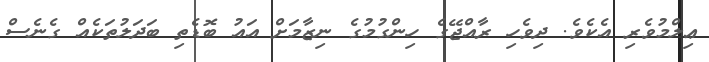
ޢިލްމުވެރި އެކެވެ. ދިވެހި ރާއްޖޭގެ ހިންގުމުގެ ނިޒާމަށް އައު ބޮޑެތި ބަދަލުތަކެއް ގެނެސް